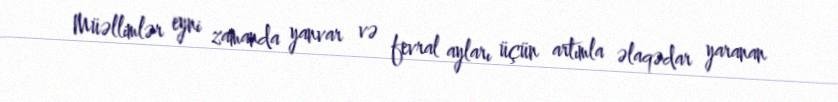
Müəllimlər eyni zamanda yanvar və fevral ayları üçün artımla əlaqədar yaranan